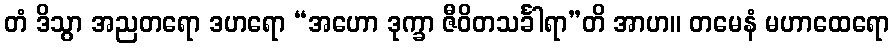
တံ ဒိသွာ အညတရော ဒဟရော “အဟော ဒုက္ခာ ဇီဝိတသင်္ခါရာ”တိ အာဟ။ တမေနံ မဟာထေရော